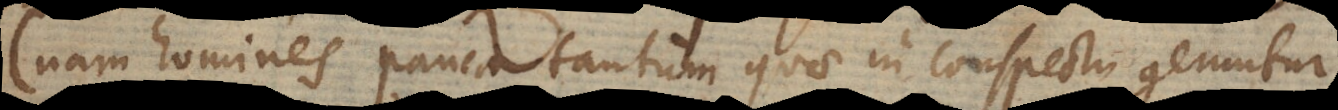
(nam homines pauca tantum quae in conspectu geruntur